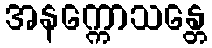
အနက္ကောသန္တေ